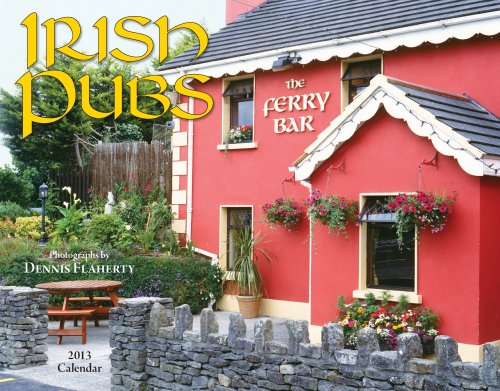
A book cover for Irish Pubs 2013 Calendar; Dennis Flaherty; Calendars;